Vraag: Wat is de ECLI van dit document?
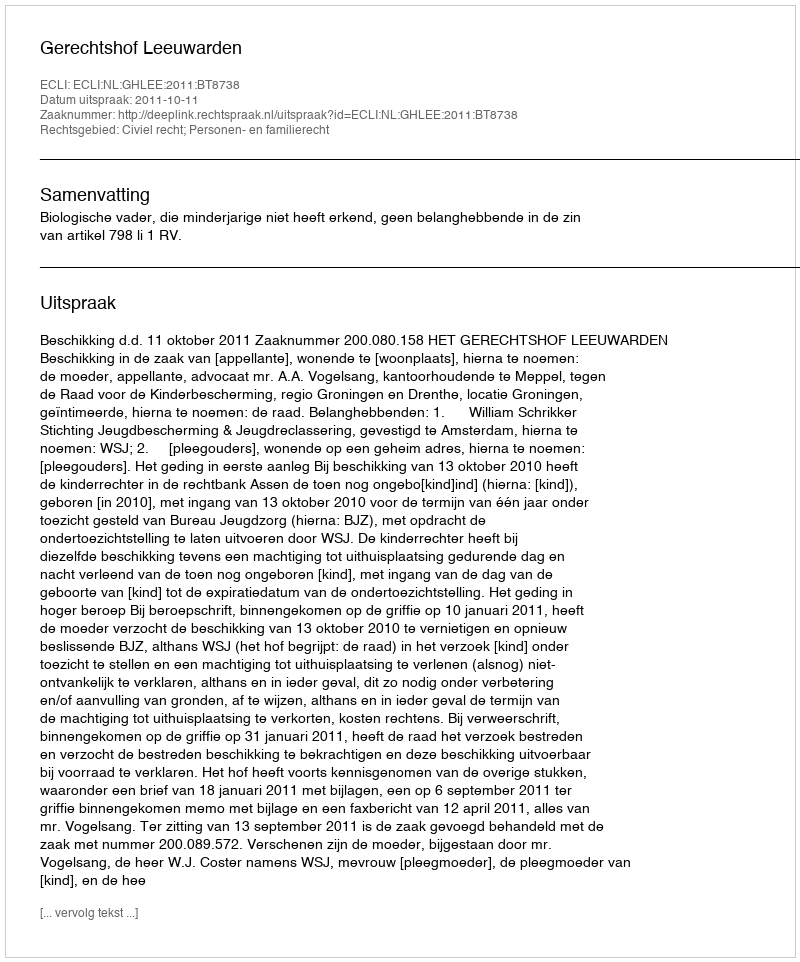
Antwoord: ECLI:NL:GHLEE:2011:BT8738